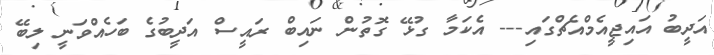
އަދީބު އައިޖީއެމްއެޗްގައި--- އެކަމާ ގުޅޭ ގޮތުން ނައިބް ރައީސް އަދީބުގެ ބަހެއްވަނީ ލިބޭ